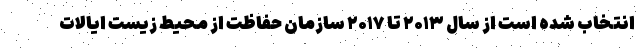
انتخاب شده است از سال ۲۰۱۳ تا ۲۰۱۷ سازمان حفاظت از محیط زیست ایالات